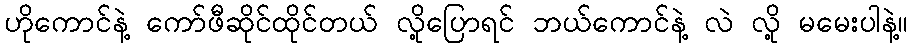
ဟိုကောင်နဲ့ ကော်ဖီဆိုင်ထိုင်တယ် လို့ပြောရင် ဘယ်ကောင်နဲ့ လဲ လို့ မမေးပါနဲ့။